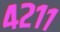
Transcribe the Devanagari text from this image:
४२११